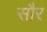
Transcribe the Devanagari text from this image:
साैर